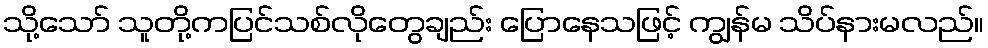
သို့သော် သူတို့ကပြင်သစ်လိုတွေချည်း ပြောနေသဖြင့် ကျွန်မ သိပ်နားမလည်။